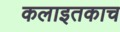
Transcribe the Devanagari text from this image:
कलाइतकाच